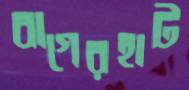
বাগেরহাট